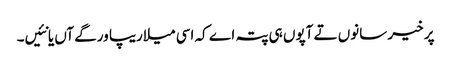
پر خیر سانوں تے آپوں ہی پتہ اے کہ اسی میلاریپا ورگے آں یا نئیں۔